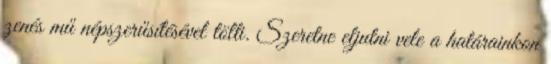
zenés mű népszerűsítésével tölti. Szeretne eljutni vele a határainkon